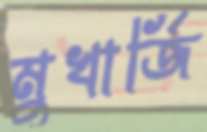
মুখার্জি